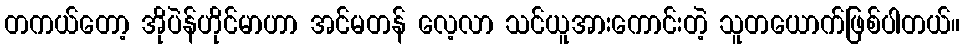
တကယ်တော့ အိုပဲန်ဟိုင်မာဟာ အင်မတန် လေ့လာ သင်ယူအားကောင်းတဲ့ သူတယောက်ဖြစ်ပါတယ်။